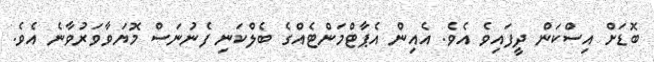
ބޮޑަށް އިސްކަން ދީފައިވެ އެވެ. އެއިން އެޕާޓްމަންޓެއްގެ ބެލްކަނި ފެނުނަސް މޮޔަވާވަރުވާނެ އެވެ.